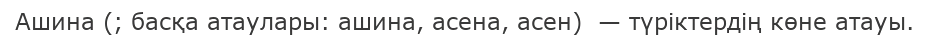
Ашина (; басқа атаулары: ашина, асена, асен)  — түріктердің көне атауы.